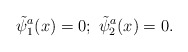
\begin{align*}\tilde \psi _1^a(x)=0;\ \tilde \psi _2^a(x)=0.\end{align*}